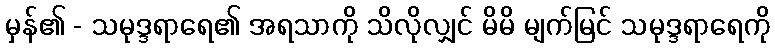
မှန်၏ - သမုဒ္ဒရာရေ၏ အရသာကို သိလိုလျှင် မိမိ မျက်မြင် သမုဒ္ဒရာရေကို